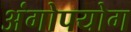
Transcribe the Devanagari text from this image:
अंगोपयोग